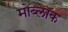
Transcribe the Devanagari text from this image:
मोब्लॉक